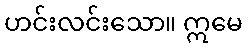
ဟင်းလင်းသော။ ဣမေ